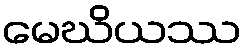
မေဃိယဿ